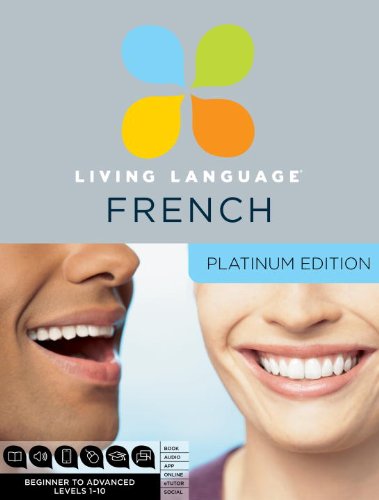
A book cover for Living Language French, Platinum Edition: A complete beginner through advanced course, including 3 coursebooks, 9 audio CDs, complete online course, apps, and live e-Tutoring; Living Language; Education & Teaching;